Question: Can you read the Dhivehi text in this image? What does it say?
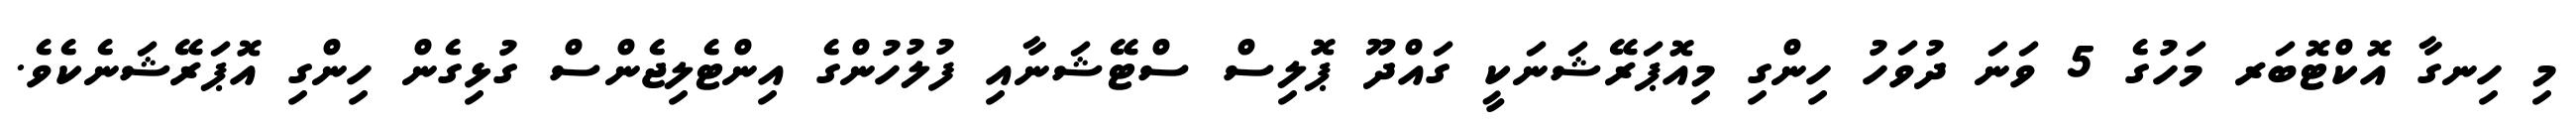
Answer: މި ހިނގާ އޮކްޓޮބަރ މަހުގެ 5 ވަނަ ދުވަހު ހިންގި މިއޮޕަރޭޝަނަކީ ގައްދޫ ޕޮލިސް ސްޓޭޝަނާއި ފުލުހުންގެ އިންޓެލިޖެންސް ގުޅިގެން ހިންގި އޮޕަރޭޝަނެކެވެ.